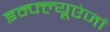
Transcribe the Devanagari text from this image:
इन्फ्ल्यूएंजां